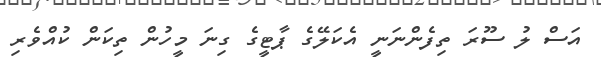
އަސް ލު ސޫރަ ތިފެންނަނީ އެކަލޭގެ ޕާޓީގެ ގިނަ މީހުން ތިކަން ކުއްވެރި